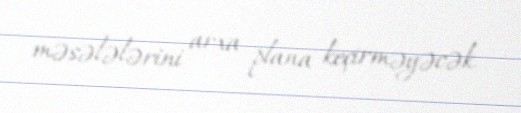
məsələlərini arxa plana keçirməyəcək.